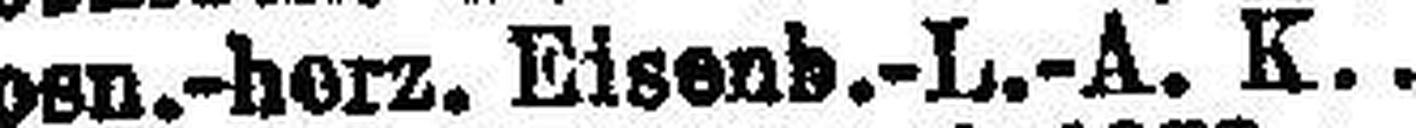
Born.-herz. Eisenb.-L.-A. K. 4½